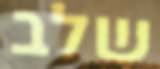
שלב